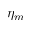
\eta _ { m }